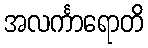
အလင်္ကာရောတိ